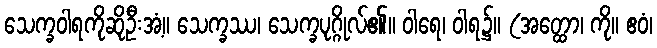
သေက္ခဝါရကိုဆိုဦးအံ့။ သေက္ခဿ၊ သေက္ခပုဂ္ဂိုလ်၏။ ဝါရေ၊ ဝါရ၌။ (အတ္ထော၊ ကို။ ဧဝံ၊